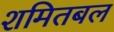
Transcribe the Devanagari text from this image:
शमितबल